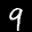
Label: 9